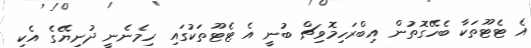
އެ ޓެޓޫތަކާ ބެހޭގޮތުން އިބްރަހިމޮވިޗް ބުނީ އެ ޓެޓޫތަކުގައި ހިމެނެނީ ދުނިޔޭގެ އެކި